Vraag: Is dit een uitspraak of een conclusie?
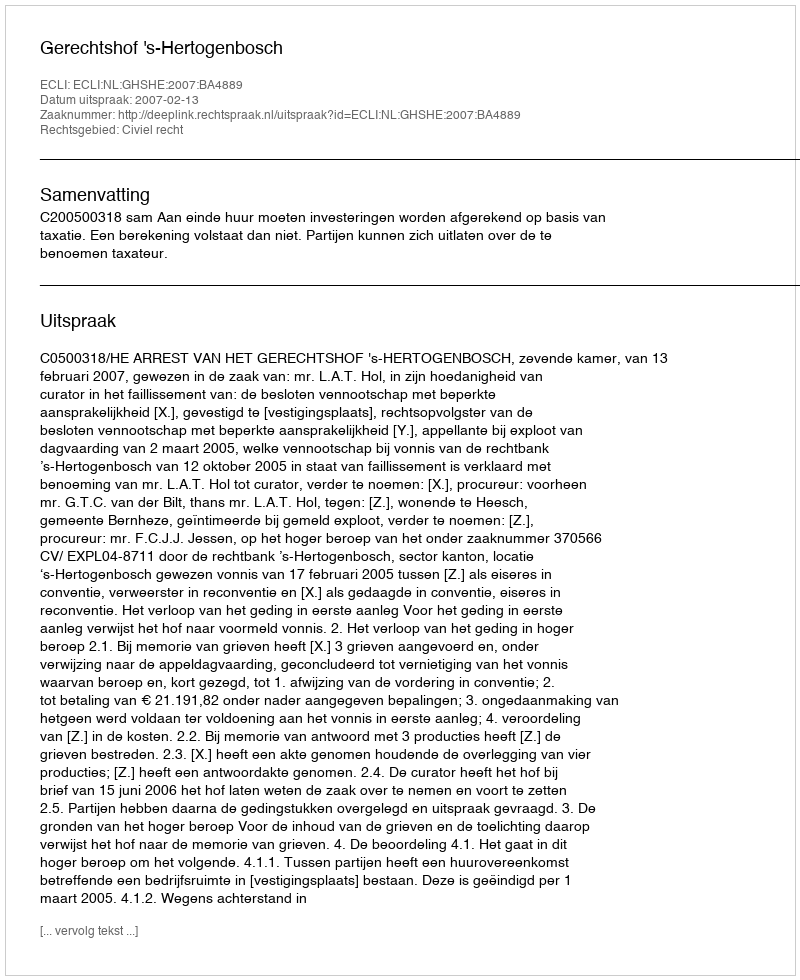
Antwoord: Uitspraak